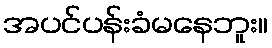
အပင်ပန်းခံမနေဘူး။